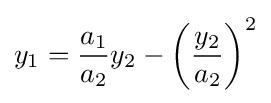
y_{1}={\frac {a_{1}}{a_{2}}}y_{2}-\left({\frac {y_{2}}{a_{2}}}\right)^{2}